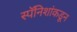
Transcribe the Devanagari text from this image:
स्पॅनिशांकडून